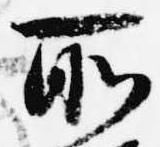
所